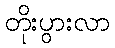
တိုးပွားလာ